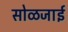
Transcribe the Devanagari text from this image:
सोळजाई